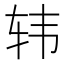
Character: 𲅀